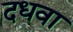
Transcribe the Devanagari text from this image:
दधवा